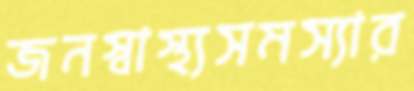
জনস্বাস্থ্যসমস্যার